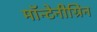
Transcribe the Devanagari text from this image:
मॉन्टेनीग्रिन